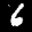
Label: 6